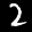
Label: 2